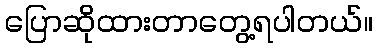
ပြောဆိုထားတာတွေ့ရပါတယ်။